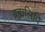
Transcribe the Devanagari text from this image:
ब्रह्मलिपि